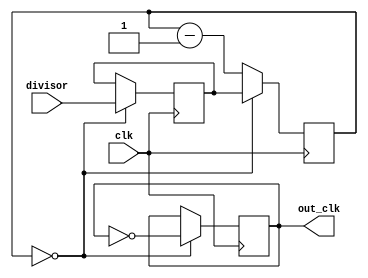
module floating_point_clock_divider (
    input wire clk,
    input wire [31:0] divisor,
    output reg out_clk
);

reg [31:0] count;
reg [31:0] division_factor;
reg [31:0] max_count;

initial begin
    count <= 0;
    division_factor <= 0;
    max_count <= 32'hFFFFFFFF;
end

always @ (posedge clk) begin
    if (count == 0) begin
        division_factor <= divisor;
        count <= division_factor;
        out_clk <= ~out_clk;
    end else begin
        count <= count - 1;
    end
end

endmodule